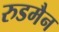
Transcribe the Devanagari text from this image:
रुडमैन